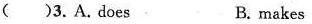
（ ）3. A. does B. makes